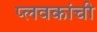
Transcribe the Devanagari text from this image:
प्लवकांची